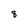
Character: 8